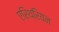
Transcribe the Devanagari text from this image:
एरिथ्रियन